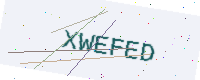
Text: XWEFED